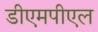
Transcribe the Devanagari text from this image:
डीएमपीएल